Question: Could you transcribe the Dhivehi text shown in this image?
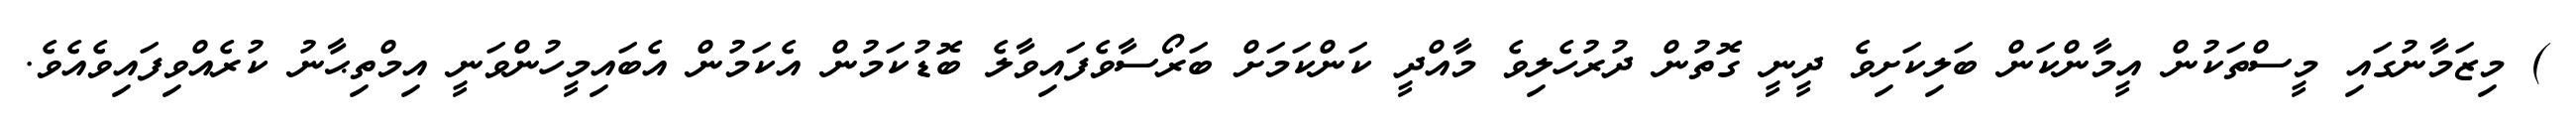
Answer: ) މިޒަމާނުގައި މީސްތަކުން އީމާންކަން ބަލިކަށިވެ ދީނީ ގޮތުން ދުރުހެލިވެ މާއްދީ ކަންކަމަށް ބަރޯސާވެފައިވާލެ ބޮޑުކަމުން އެކަމުން އެބައިމީހުންވަނީ އިމްތިޙާނު ކުރެއްވިފައިވެއެވެ.